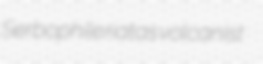
Serbophile riatas volcanist